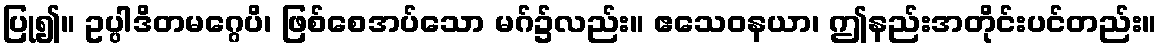
ပြု၍။ ဥပ္ပါဒိတမဂ္ဂေပိ၊ ဖြစ်စေအပ်သော မဂ်၌လည်း။ ဧသေဝနယာ၊ ဤနည်းအတိုင်းပင်တည်း။